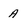
Character: A